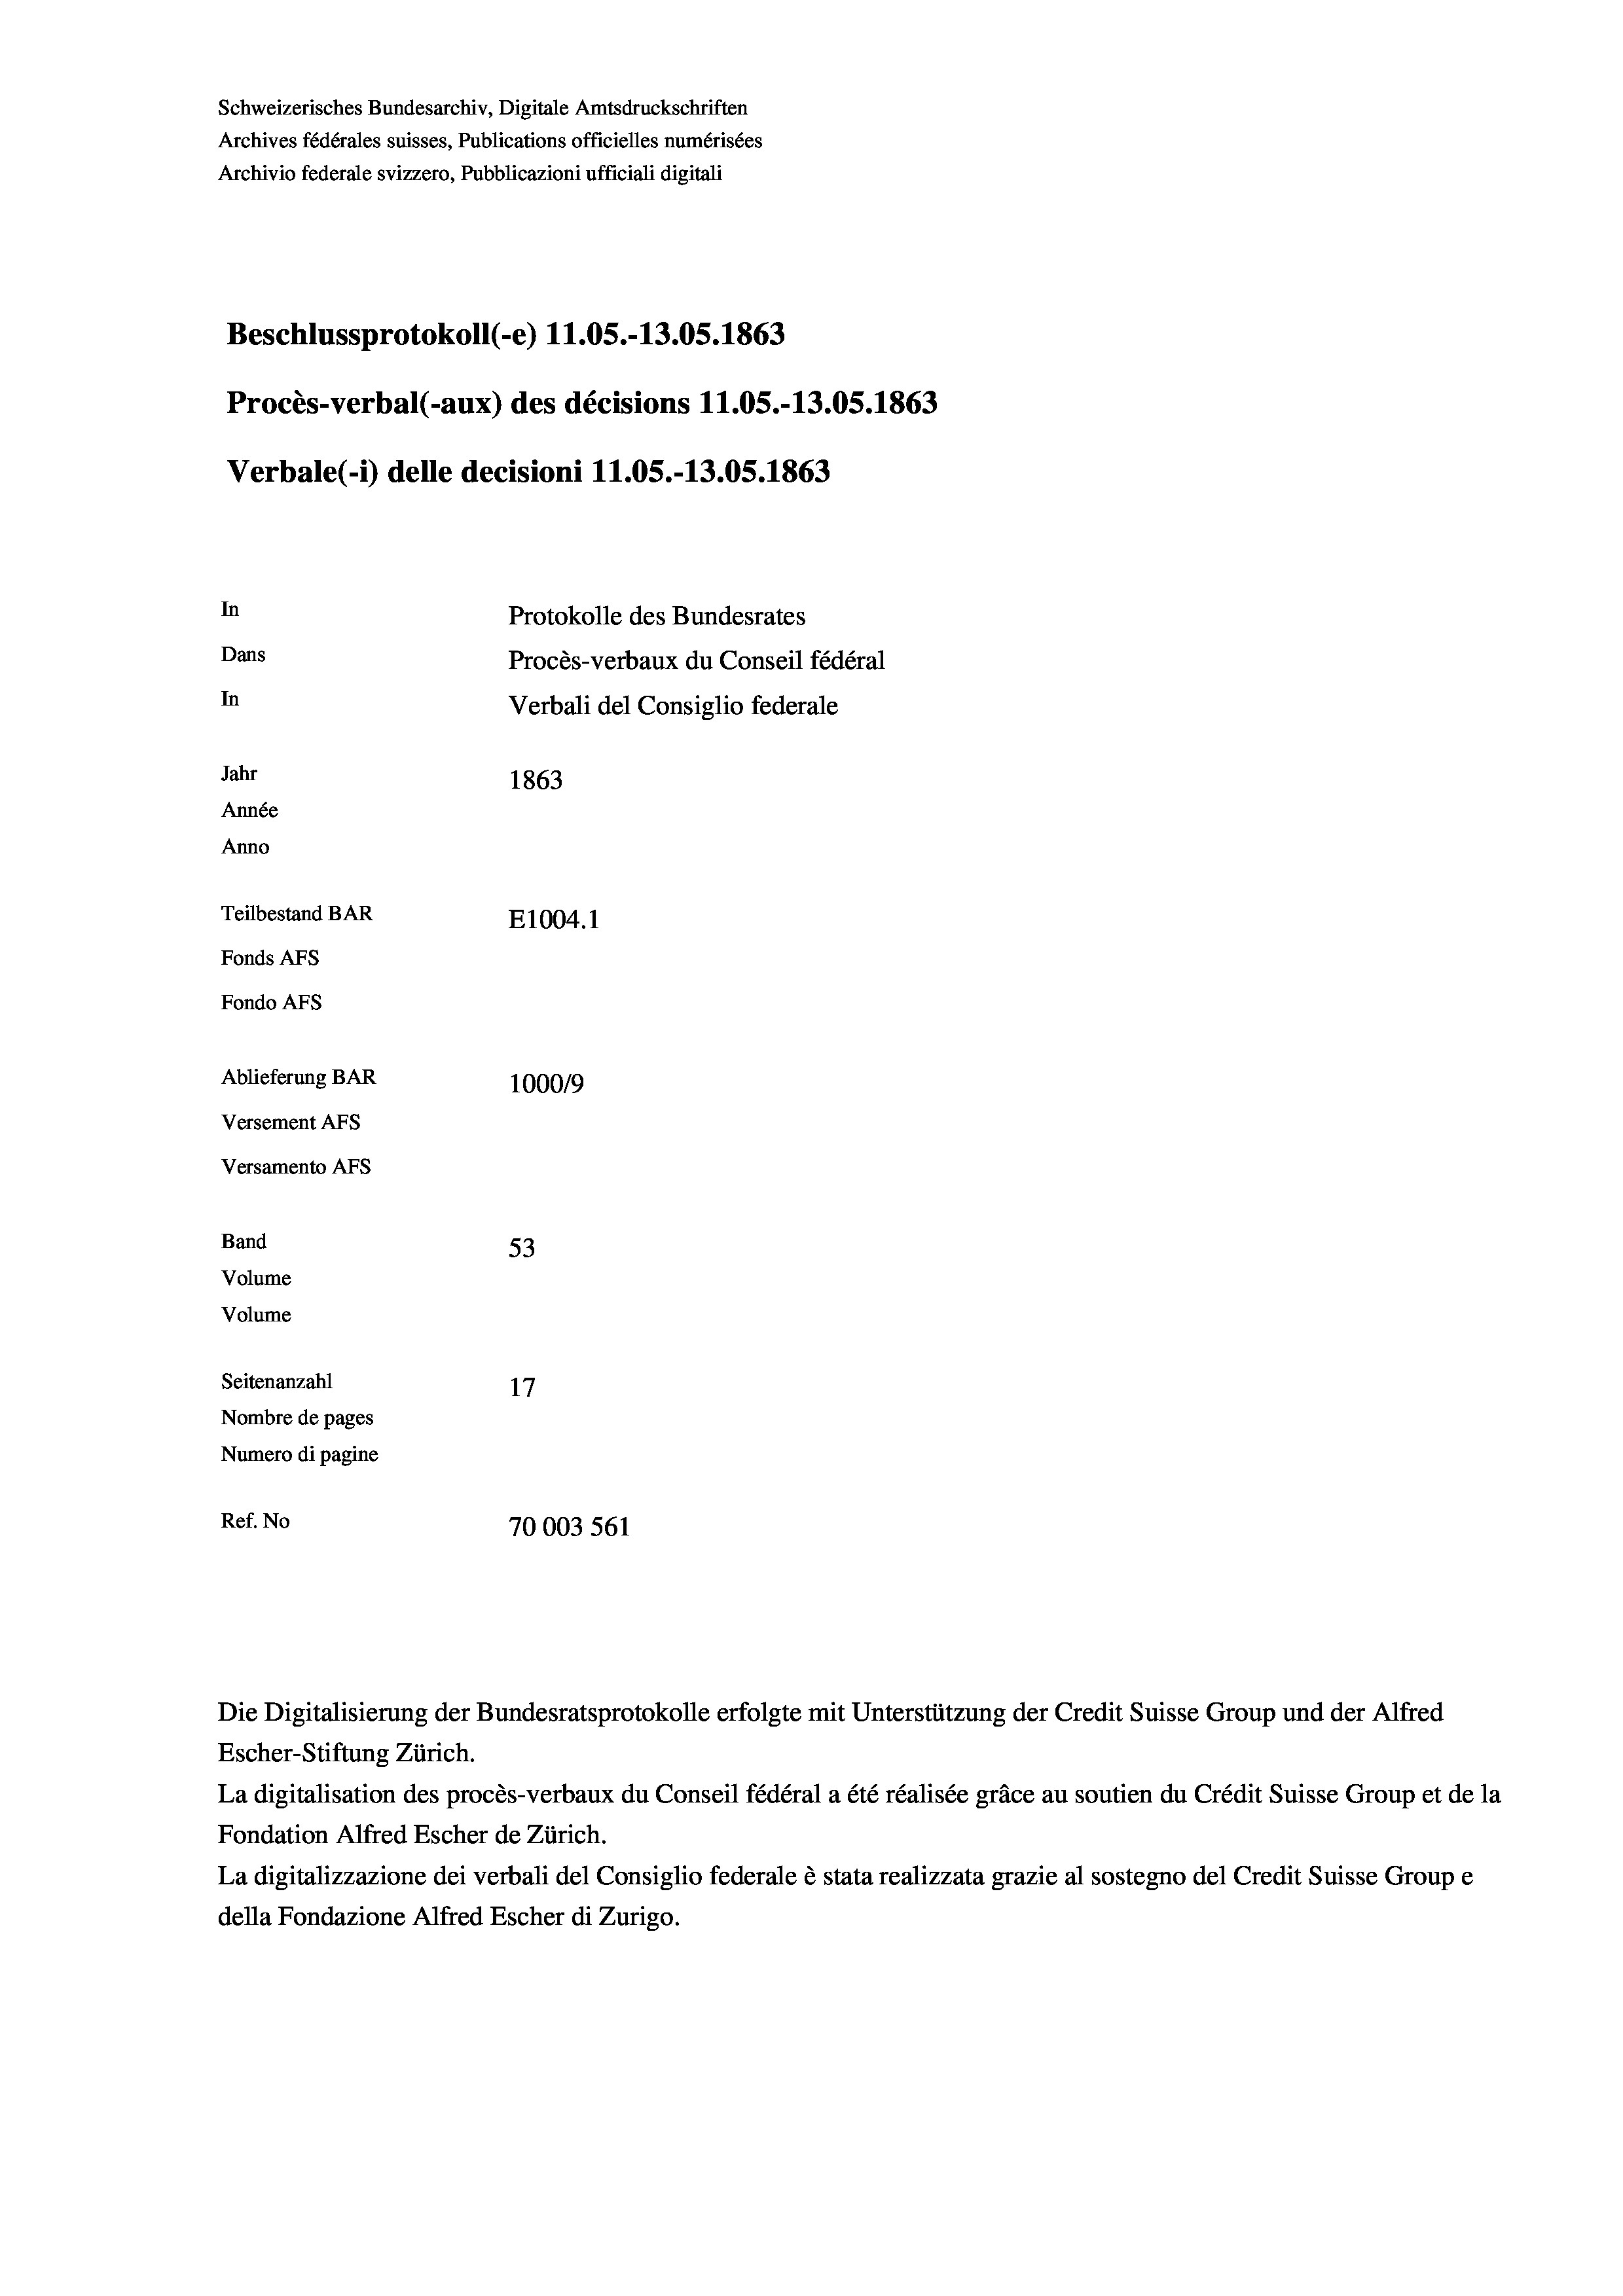
Beschlussprotokoll (e) 11.05.-13.05. 1863
Procès-verbal (-aux) des décisions 11.05.-13.05. 1863
Verbale (- 1) delle decisioni 11.05.-13.05. 1863
In
Protokolle des Bundesrates
Dans
Procès-verbaux du Conseil fédéral
In
Verbali del Consiglio federale
Jahr
1863
Année
Anno
Teilbestand BAR
E1004. 1
Fonds AFs
Fondo AFS

Ablieferung BAR
Versement AFs
Versamento AFs
Band
Volume
Volume

Escher-Stiftung Zürich.
La digitalisation des procès-verbaux du Conseil fédéral a été réalisée gräce au soutien du Crédit Suisse Group et de la
Fondation Alfred Escher de Zürich.
La digitalizzazione dei verbali del Consiglio federale è stata realizzata grazie al sostegno del Credit Suisse Groupe
della Fondazione Alfred Escher di Zurigo.

Schweizerisches Bundesarchiv, Digitale Amtsdruckschriften
Archives fédérales suisses, Publications officielles numérisées
Archivio federale svizzero, Pubblicazioni ufficiali digitali

100019
53
Seitenanzahl
17
Nombre de pages
Numero di pagine
Ref. No
70003 561

Die Digitalisierung der Bundesratsprotokolle erfolgte mit Unterstützung der Credit Suisse Group und der Alfred